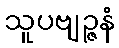
သူပဗျဉ္ဇနံ